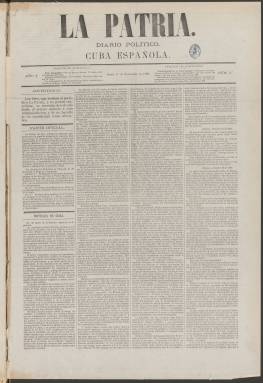
Título: La Patria (Madrid. 1869)
Colección: Periódicos
Ámbito geográfico: Madrid
Lugar de publicación: Madrid
Fechas: 01/11/1869-23/03/1870